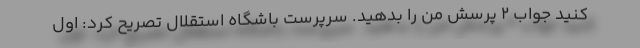
کنید جواب 2 پرسش من را بدهید. سرپرست باشگاه استقلال تصریح کرد: اول